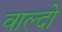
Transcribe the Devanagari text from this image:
वाल्दो